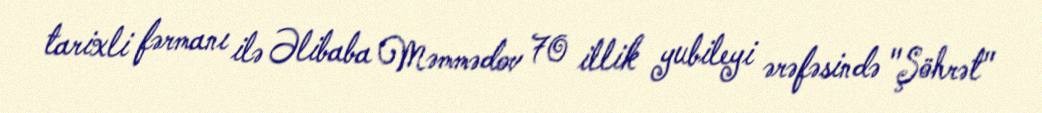
tarixli fərmanı ilə Əlibaba Məmmədov 70 illik yubileyi ərəfəsində "Şöhrət"